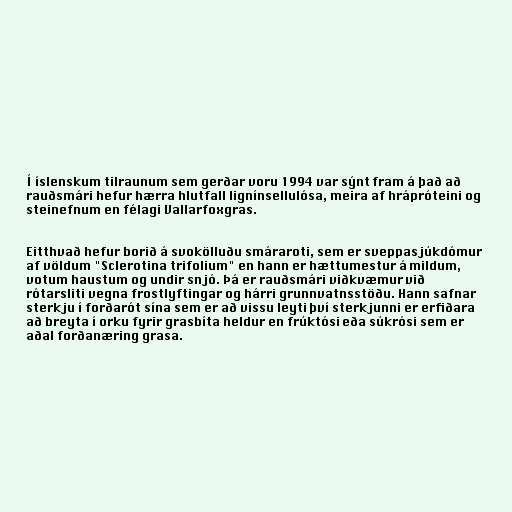
Í íslenskum tilraunum sem gerðar voru 1994 var sýnt fram á það að
rauðsmári hefur hærra hlutfall lignínsellulósa, meira af hrápróteini og
steinefnum en félagi Vallarfoxgras.

Eitthvað hefur borið á svokölluðu smáraroti, sem er sveppasjúkdómur
af völdum "Sclerotina trifolium" en hann er hættumestur á mildum,
votum haustum og undir snjó. Þá er rauðsmári viðkvæmur við
rótarsliti vegna frostlyftingar og hárri grunnvatnsstöðu. Hann safnar
sterkju í forðarót sína sem er að vissu leyti því sterkjunni er erfiðara
að breyta í orku fyrir grasbíta heldur en frúktósi eða súkrósi sem er
aðal forðanæring grasa.